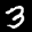
Label: 3